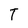
Character: T